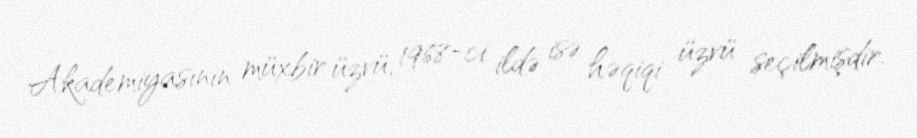
Akademiyasının müxbir üzvü, 1968-ci ildə isə həqiqi üzvü seçilmişdir.